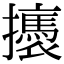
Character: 𢸣